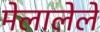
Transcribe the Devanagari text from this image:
मेलालेले